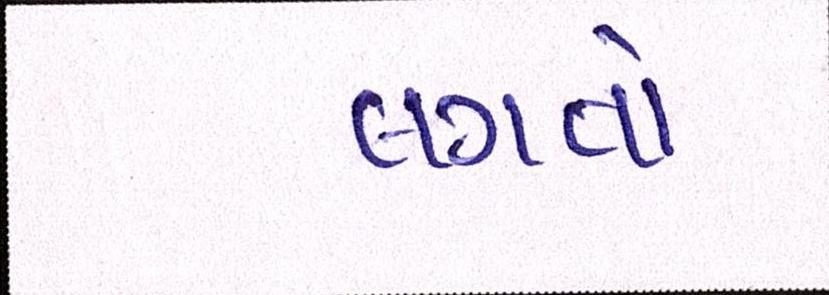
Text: લગતો